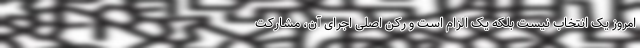
امروز یک انتخاب نیست بلکه یک الزام است و رکن اصلی اجرای آن، مشارکت